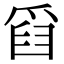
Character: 𤔘